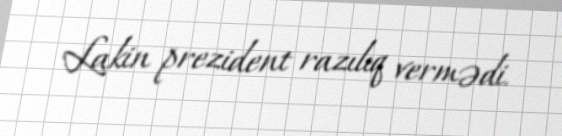
Lakin prezident razılıq vermədi.